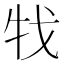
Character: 牫